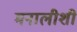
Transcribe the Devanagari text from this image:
मनालीशी